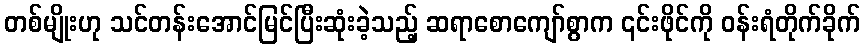
တစ်မျိုးဟု သင်တန်းအောင်မြင်ပြီးဆုံးခဲ့သည့် ဆရာစောကျော်စွာက ၎င်းဖိုင်ကို ဝန်းရံတိုက်ခိုက်